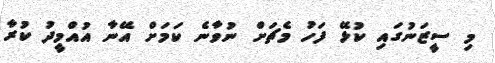
މި ސީޒަނުގައި ކުޅޭ ފަހު މެޗަށް ނުވާނެ ކަމަށް އޭނާ އުއްމީދު ކުރާ